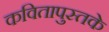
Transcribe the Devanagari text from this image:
कवितापुस्तके